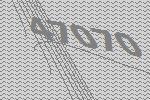
47070